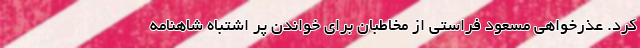
کرد. عذرخواهی مسعود فراستی از مخاطبان برای خواندن پر اشتباه شاهنامه